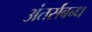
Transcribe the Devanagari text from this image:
अंतर्संबन्ध